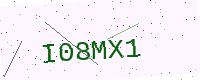
Text: I08MX1